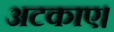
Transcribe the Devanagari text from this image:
अटकाए।